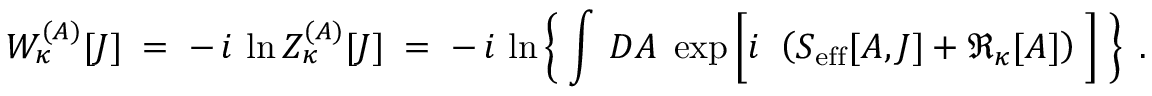
W _ { \kappa } ^ { ( { \cal A } ) } [ { \cal J } ] \; = \; - \, i \, \ln Z _ { \kappa } ^ { ( { \cal A } ) } [ { \cal J } ] \; = \; - \, i \, \ln \left\{ \; \int \, { \cal D } { \cal A } \; \exp \left[ i \, \frac { } { } \left( S _ { \mathrm { e f f } } [ { \cal A } , { \cal J } ] + \Re _ { \kappa } [ { \cal A } ] \right) \; \right] \; \right\} \; .